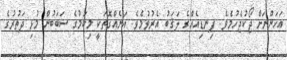
އަހަންނަށް ޖޯކުޖެހުމެވެ. ފިނޑިއެއްގެ ލަޤަބު އެރުވުމެވެ. އަނެއްގޮތަކީ މިކަމުގެ ސަބަބުން މުޅި ދަތުރުގެ